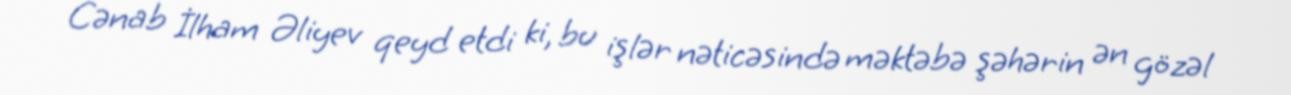
Cənab İlham Əliyev qeyd etdi ki, bu işlər nəticəsində məktəbə şəhərin ən gözəl